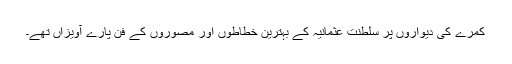
کمرے کی دیواروں پر سلطنت عثمانیہ کے بہترین خطاطوں اور مصوروں کے فن پارے آویزاں تھے۔